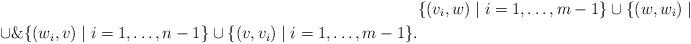
LaTeX: \begin{align*}&\{(v_i, w) \mid i=1,\ldots,m-1\} \cup\{(w, w_i) \mid i=1,\ldots,n-1 \} \\ \cup \&\{(w_i, v) \mid i=1,\ldots,n-1 \} \cup\{(v, v_i) \mid i=1,\ldots,m-1 \}. \end{align*}